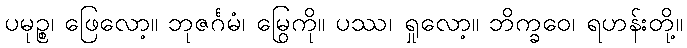
ပမုဉ္စ၊ ဖြေလော့။ ဘုဇင်္ဂမံ၊ မြွေကို။ ပဿ၊ ရှုလော့။ ဘိက္ခဝေ၊ ရဟန်းတို့။